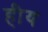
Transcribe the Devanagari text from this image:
हीय